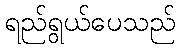
ရည်ရွယ်ပေသည်